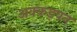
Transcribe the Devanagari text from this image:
अक्कड़पन